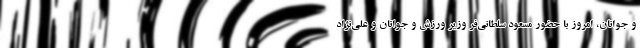
و جوانان، امروز با حضور مسعود سلطانی‌فر وزیر ورزش و جوانان و علی‌نژاد